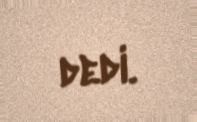
dedi.